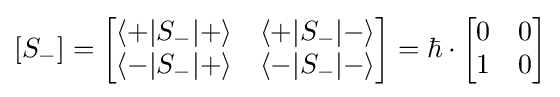
[S_{-}]={\begin{bmatrix}\langle +|S_{-}|+\rangle &\langle +|S_{-}|-\rangle \\\langle -|S_{-}|+\rangle &\langle -|S_{-}|-\rangle \end{bmatrix}}=\hbar \cdot {\begin{bmatrix}0&0\\1&0\end{bmatrix}}